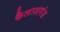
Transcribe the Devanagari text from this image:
कैलाशगंज